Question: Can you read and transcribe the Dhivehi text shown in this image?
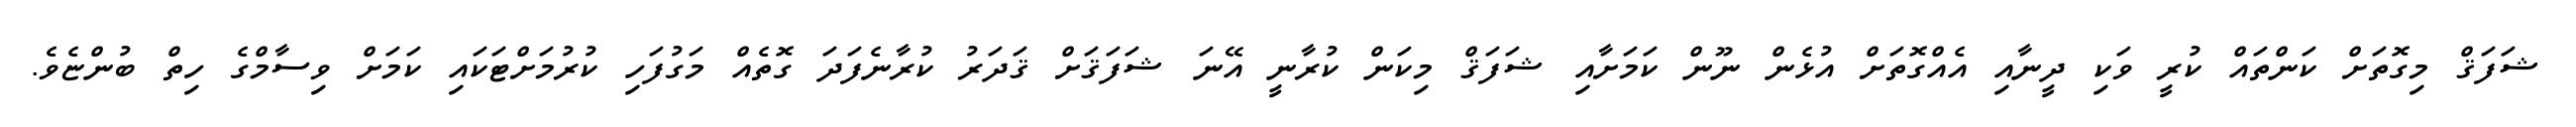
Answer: ޝަފަޤް މިގޮތަށް ކަންތައް ކުރީ ވަކި ދީނާއި އެއްގޮތަށް އުޅެން ނޫން ކަމަށާއި ޝަފަޤް މިކަން ކުރާނީ އޭނަ ޝަފަޤަށް ޤަދަރު ކުރާނެފަދަ ގޮތެއް މަގުފަހި ކުރުމަށްޓަކައި ކަމަށް ވިސާމްގެ ހިތް ބުންޏެވެ.